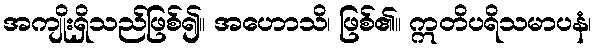
အကျိုးရှိသည်ဖြစ်၍။ အဟောသိ၊ ဖြစ်၏။ ဣတိပရိသမာပနံ၊